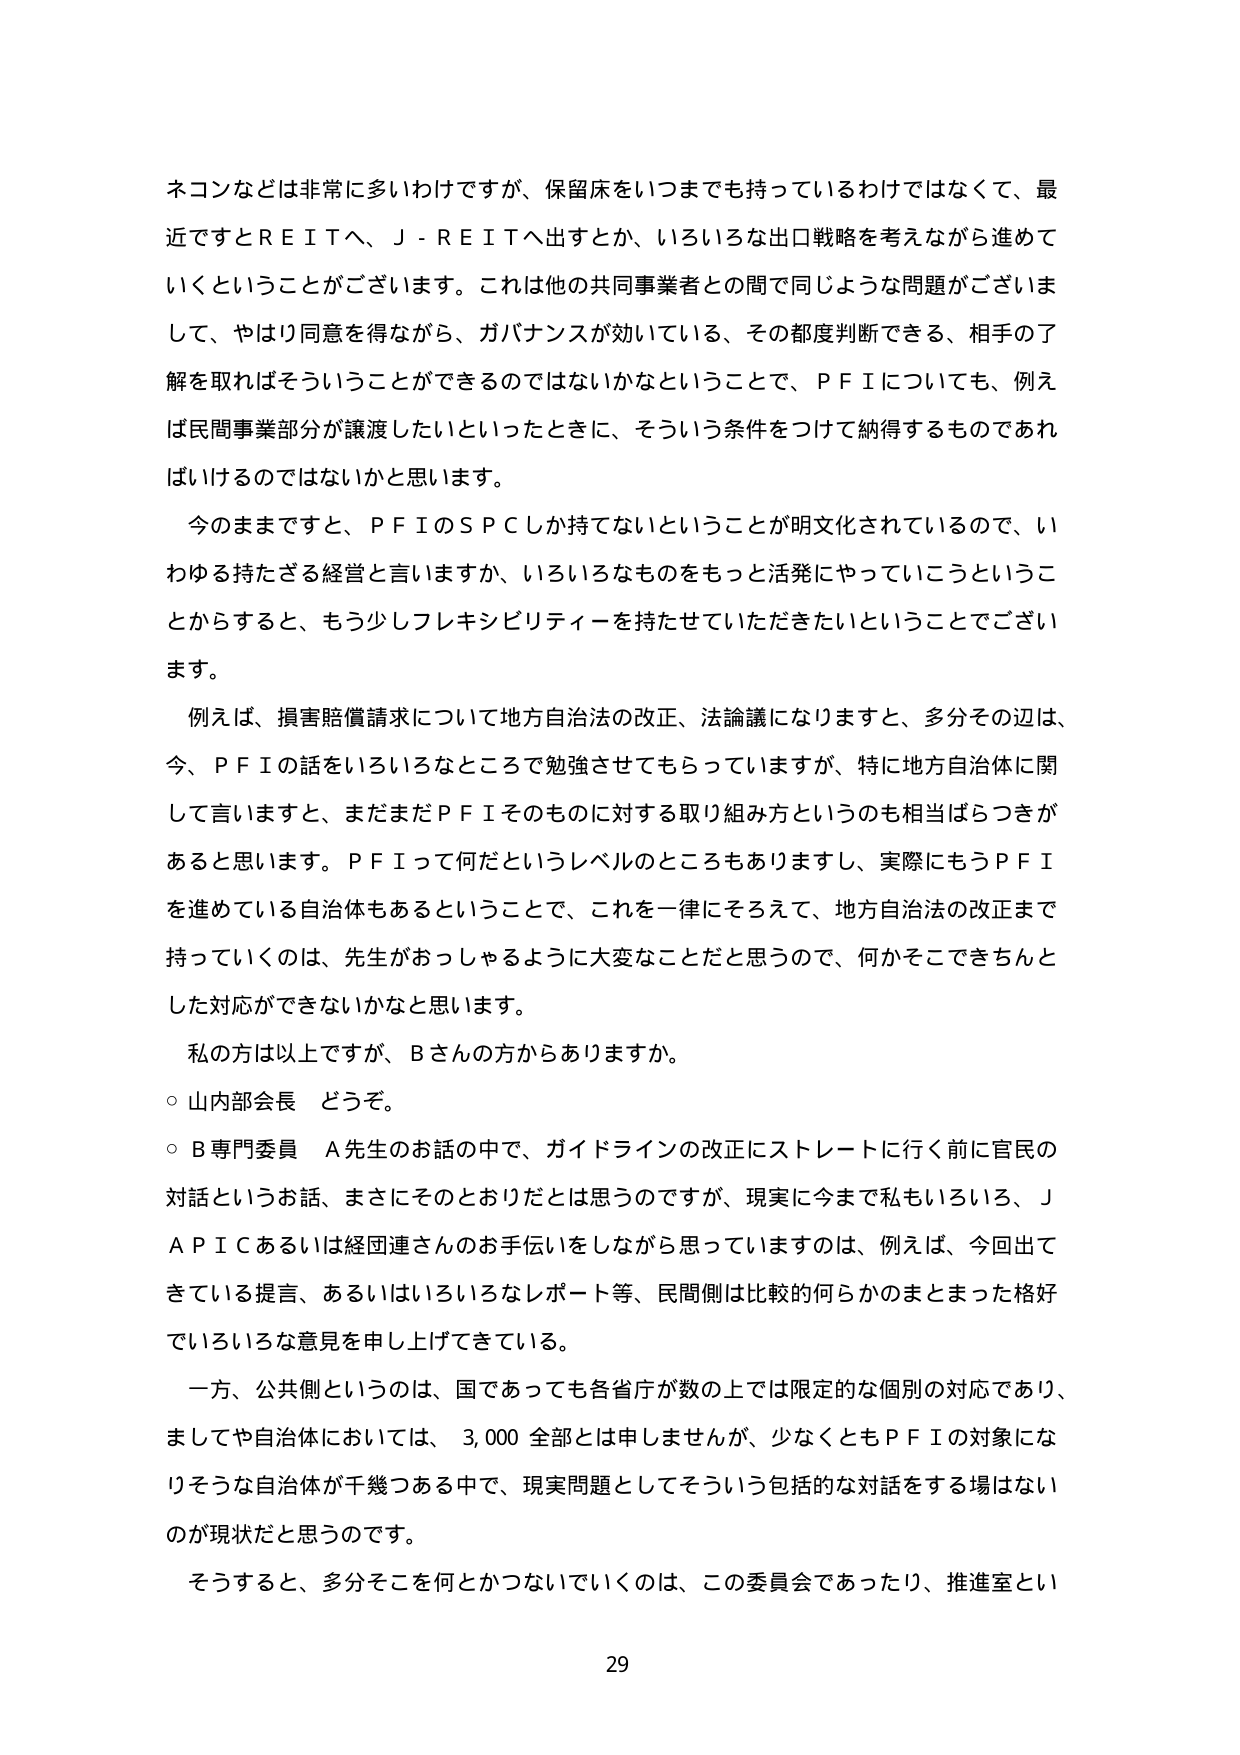
ネコンなど是非常に多いわけですが、保留床をいつまでも持っているわけではなくて、最近ですとＲＥＩＴへ、Ｊ－ＲＥＩＴへ出すとか、いろいろな出口戦略を考えながら進めていくということがございます。これは他の共同事業者との間で同じような問題がございまして、やはり同意を得ながら、ガバナンスが効いている、その都度判断できる、相手の了解を取ればそういうことができるのではないかということで、ＰＦＩについても、例えば民間事業部分が譲渡したいといったときに、そういう条件をつけて納得するものであればいいのではないかと思います。

今のままですと、ＰＦＩのＳＰＣしか持てないということが明文化されているので、いわゆる持たざる経営と言いますか、いろいろなものをもっと活発にやっていこうということからすると、もう少しフレキシビリティーを持たせていただきたいということでございます。

例えば、損害賠償請求について地方自治法の改正、法論議になりますと、多分その辺は、今、ＰＦＩの話をいろいろなところで勉強させてもらっていますが、特に地方自治体に関して言いますと、まだまだＰＦＩそのものに対する取り組み方というのも相当ばらつきがあると思います。ＰＦＩって何だというレベルのところもありますし、実際にもうＰＦＩを進めている自治体もあるということで、これを一律にそろえて、地方自治法の改正まで持っていくのは、先生がおっしゃるように大変なことだと思うので、何かそこできちんとした対応ができないかなと思います。

私の方は以上ですが、Ｂさんの方からありますか。

○ 山内部会長 どうぞ。

○ Ｂ専門委員 Ａ先生のお話の中で、ガイドラインの改正にストレートに行く前に官民の対話というお話、まさにそのとおりだとは思うのですが、現実に今まで私もいろいろ、ＪＡＰＩＣあるいは経団連さんのお手伝いをしながら思っていますのは、例えば、今回出てきている提言、あるいはいろいろなレポート等、民間側は比較的何らかのまとまった格好でいろいろな意見を申し上げてきている。

一方、公側というのは、国であっても各省庁が数の上では限定的な個別の対応であり、ましてや自治体においては、３，０００全部とは申しませんが、少なくともＰＦＩの対象になりそうな自治体が千幾つある中で、現実問題としてそういう包括的な対話をする場はないのが現状だと思うのです。

そうすると、多分そこを何とかつないでいくのは、この委員会であったり、推進室とい

29